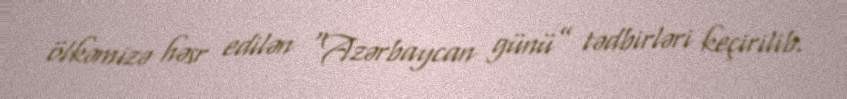
ölkəmizə həsr edilən “Azərbaycan günü” tədbirləri keçirilib.